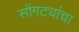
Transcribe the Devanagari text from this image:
सोंगट्यांचा